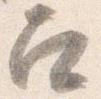
召